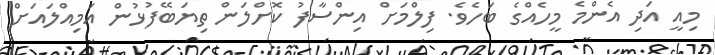
މިއީ އަދި އެންމެ މީހެއްގެ ބަހެވެ. ފިލްމަށް އިންސާފު ކޮށްލަން ތިޔަބޭފުޅުން އަމިއްލައަށް